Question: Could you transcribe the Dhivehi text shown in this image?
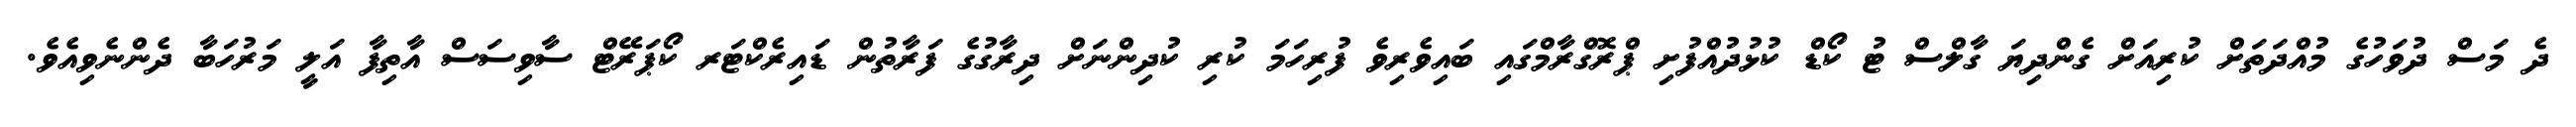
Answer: ދެ މަސް ދުވަހުގެ މުއްދަތަށް ކުރިއަށް ގެންދިޔަ ގާލްސް ޓު ކޯޑް ކުޅުދުއްފުށި ޕްރޮގްރާމްގައި ބައިވެރިވެ ފުރިހަމަ ކުރި ކުދިންނަށް ދިރާގުގެ ފަރާތުން ޑައިރެކްޓަރ ކޯޕަރޭޓް ސާވިސަސް އާތިފާ އަލީ މަރުހަބާ ދެންނެވިއެވެ.